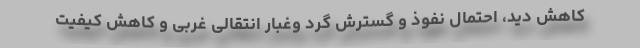
کاهش دید، احتمال نفوذ و گسترش گرد وغبار انتقالی غربی و کاهش کیفیت